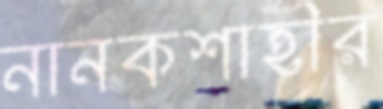
নানকশাহীর